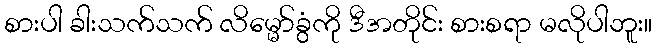
စားပါ ခါးသက်သက် လိမ္မော်ခွံကို ဒီအတိုင်း စားစရာ မလိုပါဘူး။